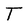
Character: T